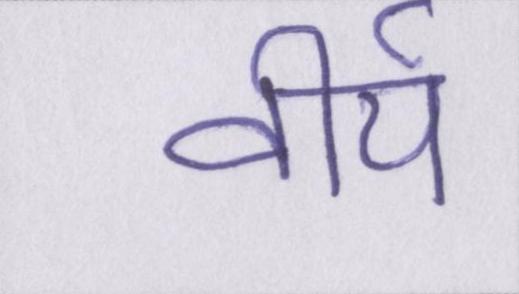
वीर्य